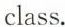
class.